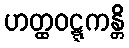
ဟတ္ထဝဋ္ဋကန္တိ